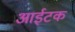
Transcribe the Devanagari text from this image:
आईटक